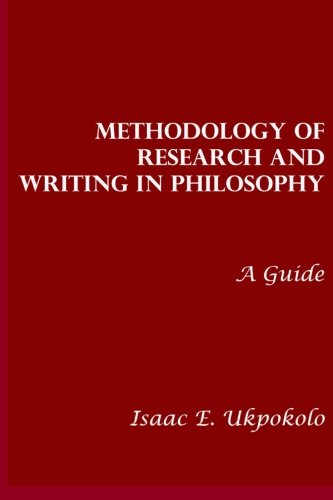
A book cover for Methodology of Research and Writing in Philosophy: A Guide; Prof Isaac E. Ukpokolo; Politics & Social Sciences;